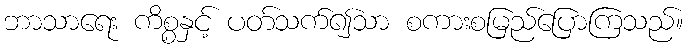
ဘာသာရေး ကိစ္စနှင့် ပတ်သက်၍သာ စကားစမြည်ပြောကြသည်။